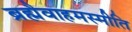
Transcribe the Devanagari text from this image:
ब्रह्मैवाहमस्मीति